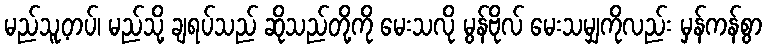
မည်သူ့တပ်၊ မည်သို့ ချရပ်သည် ဆိုသည်တို့ကို မေးသလို မွန်ဗိုလ် မေးသမျှကိုလည်း မှန်ကန်စွာ